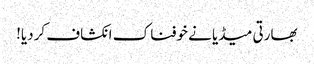
بھارتی میڈیا نے خوفناک انکشاف کردیا!